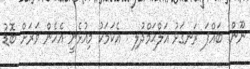
ނޫން. ބައްޕަ ރަނގަޅު އަލްޙަމްދުލި . އެކަމަކު މިއުޅެނީ އެހެން ވަރަށް ބޮޑު